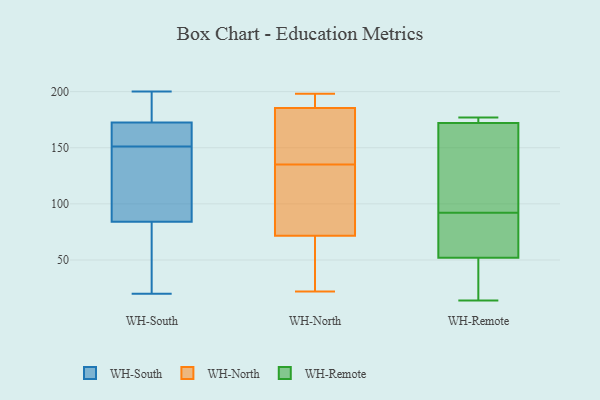
{"axis": {"x": "Tickets Resolved", "y": "Value"}, "legend": ["WH-North", "WH-Remote", "WH-South"], "data": [{"x": "", "y": 121, "type": "WH-South"}, {"x": "", "y": 173, "type": "WH-South"}, {"x": "", "y": 173, "type": "WH-South"}, {"x": "", "y": 200, "type": "WH-South"}, {"x": "", "y": 72, "type": "WH-South"}, {"x": "", "y": 162, "type": "WH-South"}, {"x": "", "y": 154, "type": "WH-South"}, {"x": "", "y": 20, "type": "WH-South"}, {"x": "", "y": 106, "type": "WH-South"}, {"x": "", "y": 50, "type": "WH-South"}, {"x": "", "y": 172, "type": "WH-South"}, {"x": "", "y": 96, "type": "WH-South"}, {"x": "", "y": 170, "type": "WH-South"}, {"x": "", "y": 55, "type": "WH-South"}, {"x": "", "y": 198, "type": "WH-South"}, {"x": "", "y": 148, "type": "WH-South"}, {"x": "", "y": 151, "type": "WH-North"}, {"x": "", "y": 189, "type": "WH-North"}, {"x": "", "y": 175, "type": "WH-North"}, {"x": "", "y": 111, "type": "WH-North"}, {"x": "", "y": 22, "type": "WH-North"}, {"x": "", "y": 194, "type": "WH-North"}, {"x": "", "y": 189, "type": "WH-North"}, {"x": "", "y": 125, "type": "WH-North"}, {"x": "", "y": 66, "type": "WH-North"}, {"x": "", "y": 56, "type": "WH-North"}, {"x": "", "y": 34, "type": "WH-North"}, {"x": "", "y": 32, "type": "WH-North"}, {"x": "", "y": 191, "type": "WH-North"}, {"x": "", "y": 88, "type": "WH-North"}, {"x": "", "y": 135, "type": "WH-North"}, {"x": "", "y": 156, "type": "WH-North"}, {"x": "", "y": 198, "type": "WH-North"}, {"x": "", "y": 109, "type": "WH-North"}, {"x": "", "y": 138, "type": "WH-North"}, {"x": "", "y": 169, "type": "WH-Remote"}, {"x": "", "y": 106, "type": "WH-Remote"}, {"x": "", "y": 92, "type": "WH-Remote"}, {"x": "", "y": 48, "type": "WH-Remote"}, {"x": "", "y": 27, "type": "WH-Remote"}, {"x": "", "y": 75, "type": "WH-Remote"}, {"x": "", "y": 64, "type": "WH-Remote"}, {"x": "", "y": 173, "type": "WH-Remote"}, {"x": "", "y": 173, "type": "WH-Remote"}, {"x": "", "y": 14, "type": "WH-Remote"}, {"x": "", "y": 177, "type": "WH-Remote"}]}